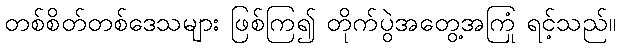
တစ်စိတ်တစ်ဒေသများ ဖြစ်ကြ၍ တိုက်ပွဲအတွေ့အကြုံ ရင့်သည်။